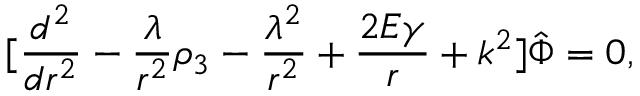
\lbrack { \frac { d ^ { 2 } } { d r ^ { 2 } } } - { \frac { \lambda } { r ^ { 2 } } } \rho _ { 3 } - { \frac { \lambda ^ { 2 } } { r ^ { 2 } } } + { \frac { 2 E \gamma } { r } } + k ^ { 2 } \rbrack \hat { \Phi } = 0 ,